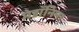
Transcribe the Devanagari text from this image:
मेडॉनिना